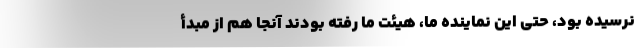
نرسیده بود، حتی این نماینده ما، هیئت ما رفته بودند آنجا هم از مبدأ